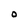
Character: O